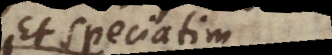
Et speciatim